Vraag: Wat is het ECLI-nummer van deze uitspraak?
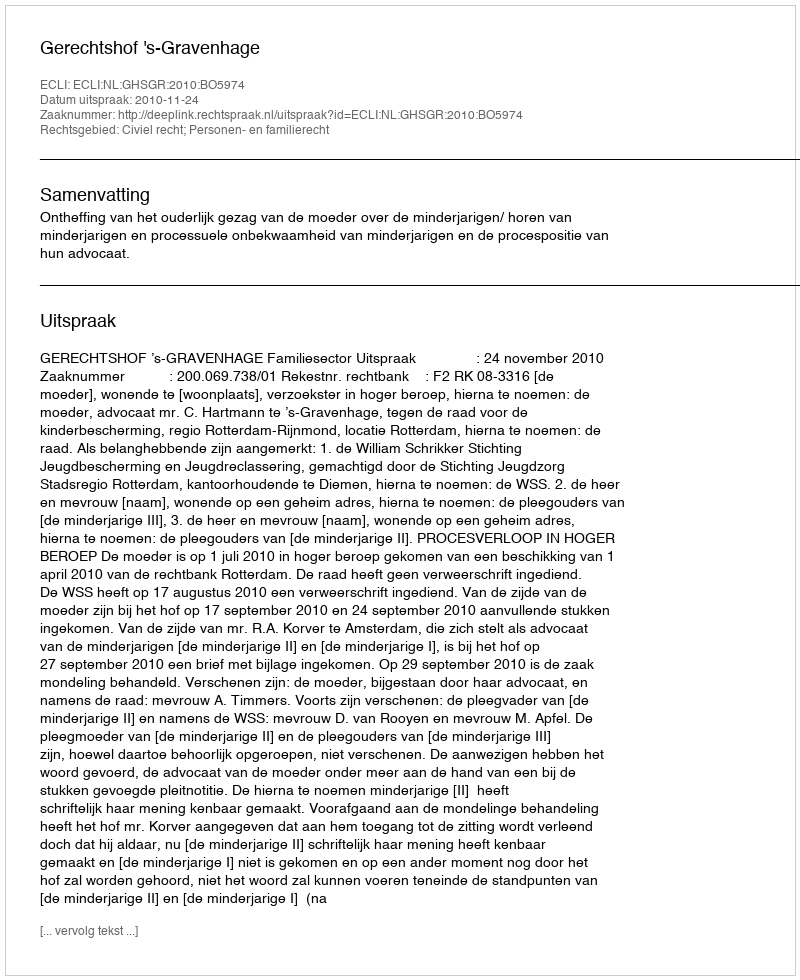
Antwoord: ECLI:NL:GHSGR:2010:BO5974